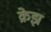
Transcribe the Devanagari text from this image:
क्रेझ